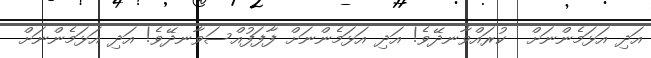
އަދި އަޅަމެންނަށް  ކުރައްވާނދޭވެ! އަދި އަޅަމެންނަށް ފާފަފުއްސަވާނދޭވެ! އަދި އަޅަމެންނަށް